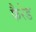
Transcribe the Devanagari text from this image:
फैरेड